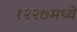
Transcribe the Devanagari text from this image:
१२२७मध्ये